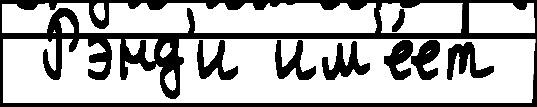
 Рэнд'и им'е́ет